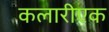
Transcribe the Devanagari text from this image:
कलारीएक